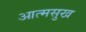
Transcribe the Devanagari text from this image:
आत्मसुख